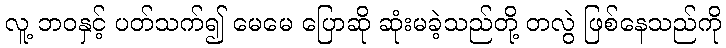
လူ့ ဘဝနှင့် ပတ်သက်၍ မေမေ ပြောဆို ဆုံးမခဲ့သည်တို့ တလွဲ ဖြစ်နေသည်ကို